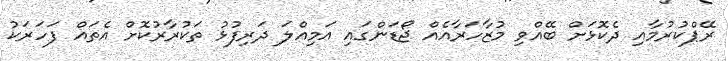
ރޭޕްކުރުމާއި ދެކޮޅަށް ބޭއްވި މުޒާހަރާއެއް ޖޯޑަންގައި އަމިއްލަ ދަރިފުޅު ތަކުރާރުކޮށް އެތައް ފަހަރަކު